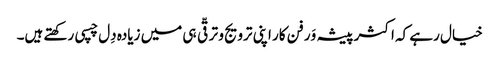
خیال رہے کہ اکثر پیشہ وَر فن کار اپنی ترویج و ترقّی ہی میں زیادہ دِل چسپی رکھتے ہیں۔